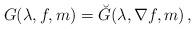
LaTeX: \begin{align*} G(\lambda,f,m)=\breve G(\lambda,\nabla f,m)\,,\end{align*}